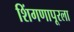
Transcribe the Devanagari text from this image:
शिंगणापूरला